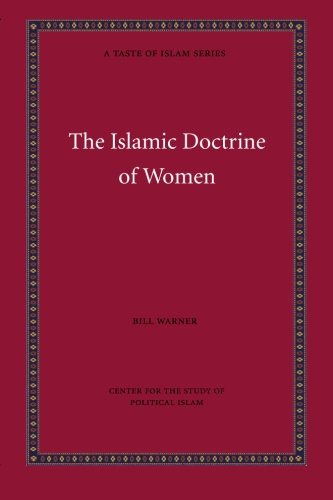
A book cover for The Islamic Doctrine of Women (A Taste of Islam); Bill Warner; Religion & Spirituality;